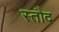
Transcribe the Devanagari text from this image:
स्तौद